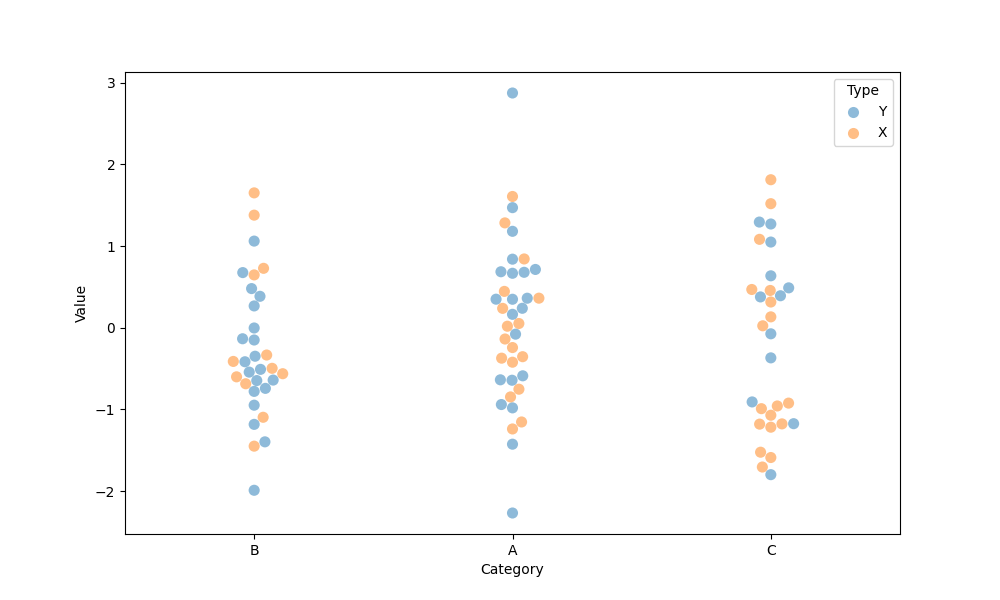
python, seaborn, swarmplot, dodge=False, alpha=0.5, size=8